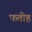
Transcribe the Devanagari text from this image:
फतीह